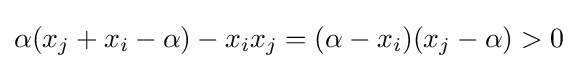
\alpha (x_{j}+x_{i}-\alpha )-x_{i}x_{j}=(\alpha -x_{i})(x_{j}-\alpha )>0